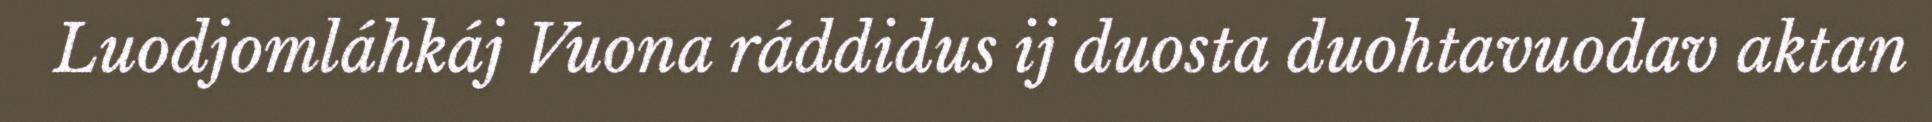
Luodjomláhkáj Vuona ráddidus ij duosta duohtavuodav aktan